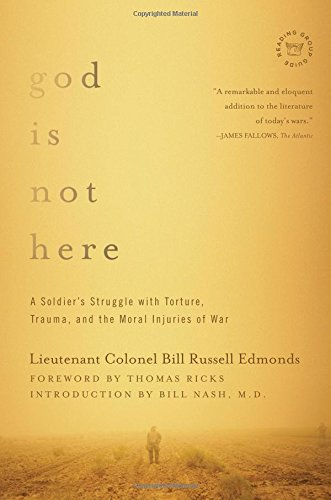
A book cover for God is Not Here: A Soldier's Struggle with Torture, Trauma, and the Moral Injuries of War; Lieutenant Colonel Bill Russell Edmonds; History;